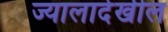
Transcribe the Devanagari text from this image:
ज्यालादेखील